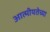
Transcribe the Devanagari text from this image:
आत्मीयतेच्या